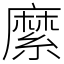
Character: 縻